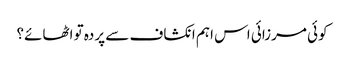
کوئی مرزائی اس اہم انکشاف سے پردہ تو اٹھائے؟